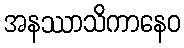
အနဿာသိကာနေဝ